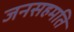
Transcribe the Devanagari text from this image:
जनसहमति